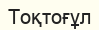
Тоқтоғұл